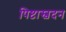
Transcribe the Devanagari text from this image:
पिष्टास्वदन